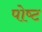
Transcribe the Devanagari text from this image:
पोष्‍ट